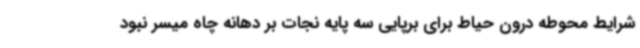
شرایط محوطه درون حیاط برای برپایی سه پایه نجات بر دهانه چاه میسر نبود